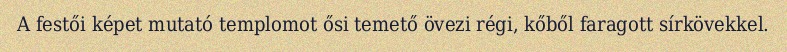
A festői képet mutató templomot ősi temető övezi régi, kőből faragott sírkövekkel.